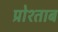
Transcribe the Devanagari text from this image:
प्रोश्ताब